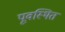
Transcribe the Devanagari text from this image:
पूवस्थित